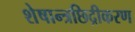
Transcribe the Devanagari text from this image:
शेषान्त्रछिद्रीकरण